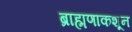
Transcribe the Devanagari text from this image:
ब्राह्मणाकशून